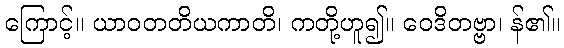
ကြောင့်။ ယာဝတတိယကာတိ၊ ကတို့ဟူ၍။ ဝေဒိတဗ္ဗာ၊ န်၏။